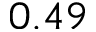
0 . 4 9